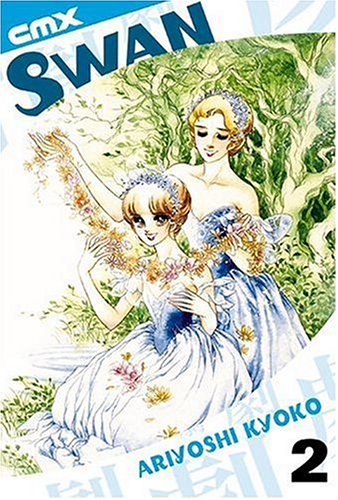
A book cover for Swan VOL 02; Kyoko Ariyoshi; Literature & Fiction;